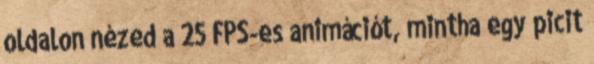
oldalon nézed a 25 FPS-es animációt, mintha egy picit